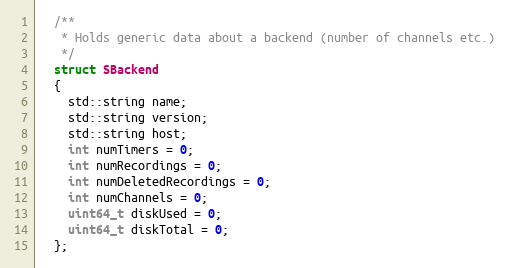
Language: C
  /**
   * Holds generic data about a backend (number of channels etc.)
   */
  struct SBackend
  {
    std::string name;
    std::string version;
    std::string host;
    int numTimers = 0;
    int numRecordings = 0;
    int numDeletedRecordings = 0;
    int numChannels = 0;
    uint64_t diskUsed = 0;
    uint64_t diskTotal = 0;
  };